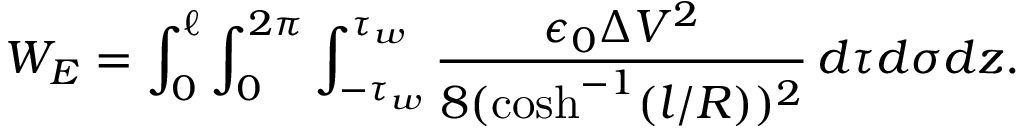
W _ { E } = \int _ { 0 } ^ { \ell } \int _ { 0 } ^ { 2 \pi } \int _ { - \tau _ { w } } ^ { \tau _ { w } } \frac { \epsilon _ { 0 } \Delta V ^ { 2 } } { 8 ( \cosh ^ { - 1 } ( l / R ) ) ^ { 2 } } \, d \tau d \sigma d z .